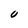
Character: U